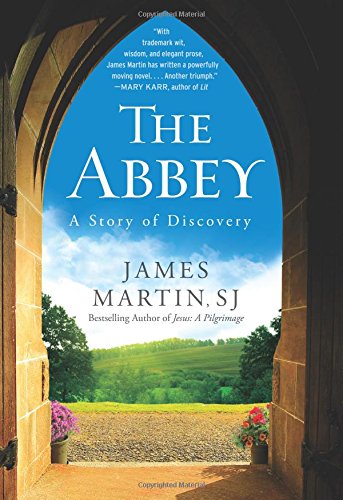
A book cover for The Abbey: A Story of Discovery; James Martin; Literature & Fiction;